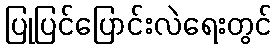
ပြုပြင်ပြောင်းလဲရေးတွင်